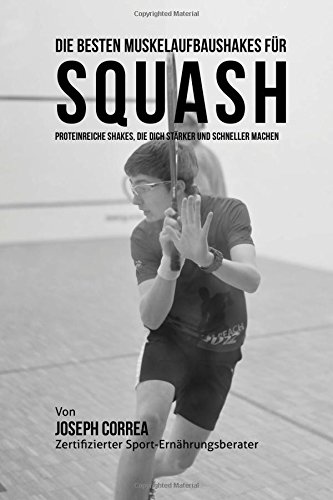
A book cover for Die besten Muskelaufbaushakes fur Squash: Proteinreiche Shakes, die dich starker und schneller machen (German Edition); Joseph Correa (Zertifizierter Sport-Ernahrungsberater); Sports & Outdoors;